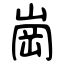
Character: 崗